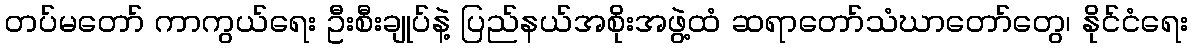
တပ်မတော် ကာကွယ်ရေး ဦးစီးချုပ်နဲ့ ပြည်နယ်အစိုးအဖွဲ့ထံ ဆရာတော်သံဃာတော်တွေ၊ နိုင်ငံရေး